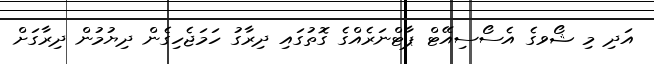
އަދި މި ޝޯވގެ އެސޯސިއޭޓް ޕާޓްނަރެއްގެ ގޮތުގައި ދިރާގު ހަމަޖެހިގެން ދިޔުމުން ދިރާގަށް